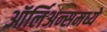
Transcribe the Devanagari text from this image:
ऑर्लिअन्समध्ये